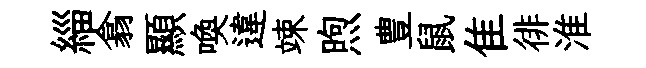
緇翕顯喚違竦煦豊鼠隹徘淮